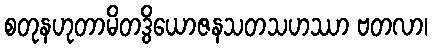
စတုနဟုတာမိတဒွိယောဇနသတသဟဿာ ဗတလာ၊